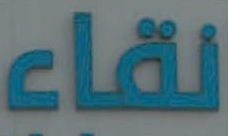
لقاء